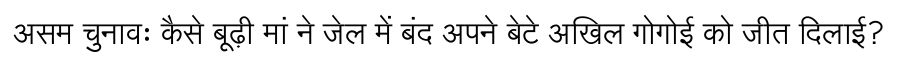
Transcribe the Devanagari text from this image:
असम चुनावः कैसे बूढ़ी मां ने जेल में बंद अपने बेटे अखिल गोगोई को जीत दिलाई?